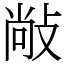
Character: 𰕋